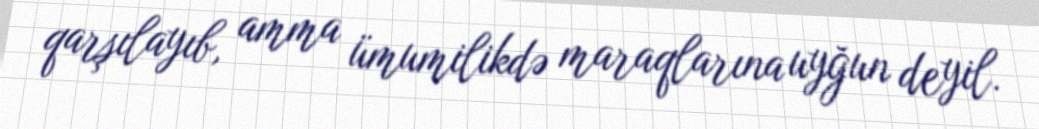
qarşılayıb, amma ümumilikdə maraqlarına uyğun deyil.